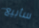
سأبيع